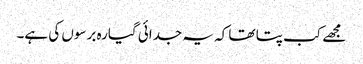
مجھے کب پتا تھا کہ یہ جدائی گیارہ برسوں کی ہے۔